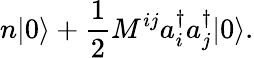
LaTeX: n|0\rangle+\frac{1}{2}M^{ij}a_{i}^{\dagger}a_{j}^{\dagger}|0\rangle.